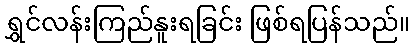
ရွှင်လန်းကြည်နူးရခြင်း ဖြစ်ရပြန်သည်။